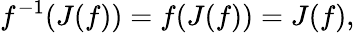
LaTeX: f^{-1}(J(f))=f(J(f))=J(f),